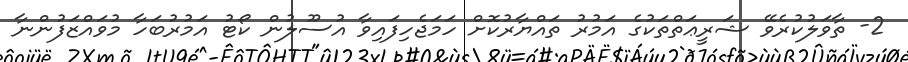
2- ތާވަލުކުރެވޭ ޝަރީޢަތްތަކުގެ އަމުރު ތައްޔާރުކޮށް ހަމަޖެހިފައިވާ އުސޫލުން ކޯޓު އަމުރުބަހާ މުވައްޒަފުންނާ